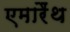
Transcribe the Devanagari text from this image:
एमारैंथ